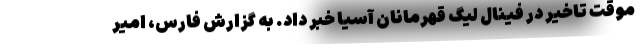
موقت تاخیر در فینال لیگ قهرمانان آسیا خبر داد. به گزارش فارس، امیر